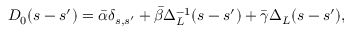
D _ { 0 } ( s - s ^ { \prime } ) = \bar { \alpha } \delta _ { s , s ^ { \prime } } + \bar { \beta } \Delta _ { L } ^ { - 1 } ( s - s ^ { \prime } ) + \bar { \gamma } \Delta _ { L } ( s - s ^ { \prime } ) ,